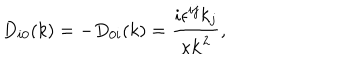
LaTeX: D _ { i 0 } ( k ) = - D _ { 0 i } ( k ) = \frac { i \epsilon ^ { i j } k _ { j } } { \kappa { \bf k } ^ { 2 } } ,